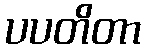
ပပတိတာ